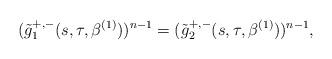
LaTeX: \begin{align*}(\tilde g_1^{+,-}(s,\tau,\beta^{(1)}))^{n-1}=(\tilde g_2^{+,-}(s,\tau,\beta^{(1)}))^{n-1},\end{align*}